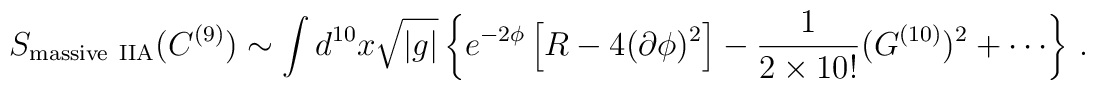
S_{\rm massive\ IIA}(C^{(9)}) \sim \int d^{10}x {\sqrt {|g|}}\left \{e^{-2\phi} \left[ R-4(\partial \phi)^2 \right] - \frac{1}{2 \times 10!}(G^{(10)})^2 + \cdots \right\}\, .